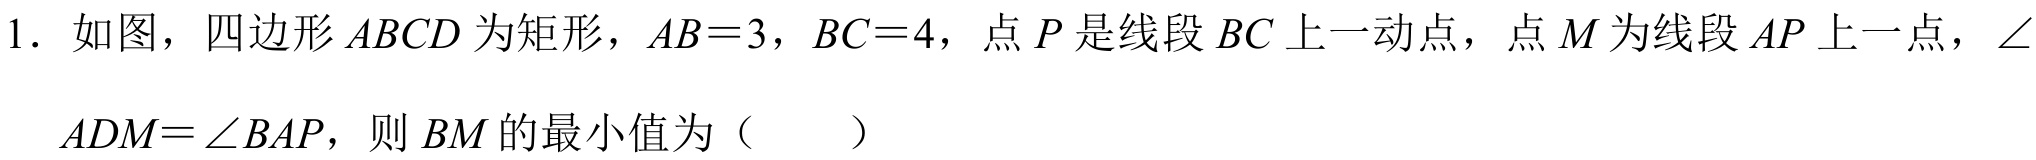
1. 如图，四边形 \(ABCD\) 为矩形，\(AB = 3\)，\(BC = 4\)，点 \(P\) 是线段 \(BC\) 上一动点，点 \(M\) 为线段 \(AP\) 上一点，\(\angle
ADM=\angle BAP\)，则 \(BM\) 的最小值为（  ）